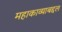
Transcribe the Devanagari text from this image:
महाकाव्याबद्दल